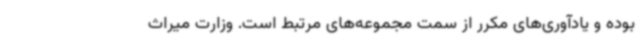
بوده و یادآوری‌های مکرر از سمت مجموعه‌های مرتبط است. وزارت میراث